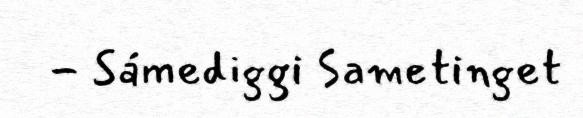
- Sámediggi Sametinget